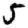
Digit: 5